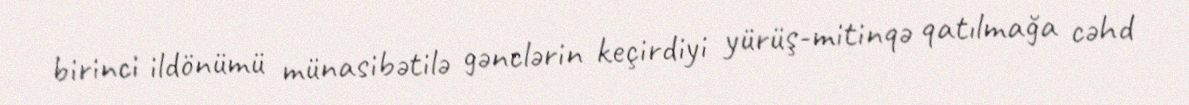
birinci ildönümü münasibətilə gənclərin keçirdiyi yürüş-mitinqə qatılmağa cəhd